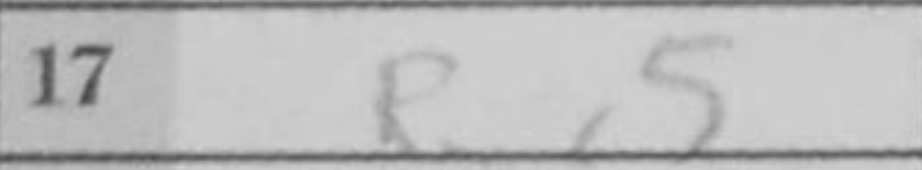
Transcription: Rxc5